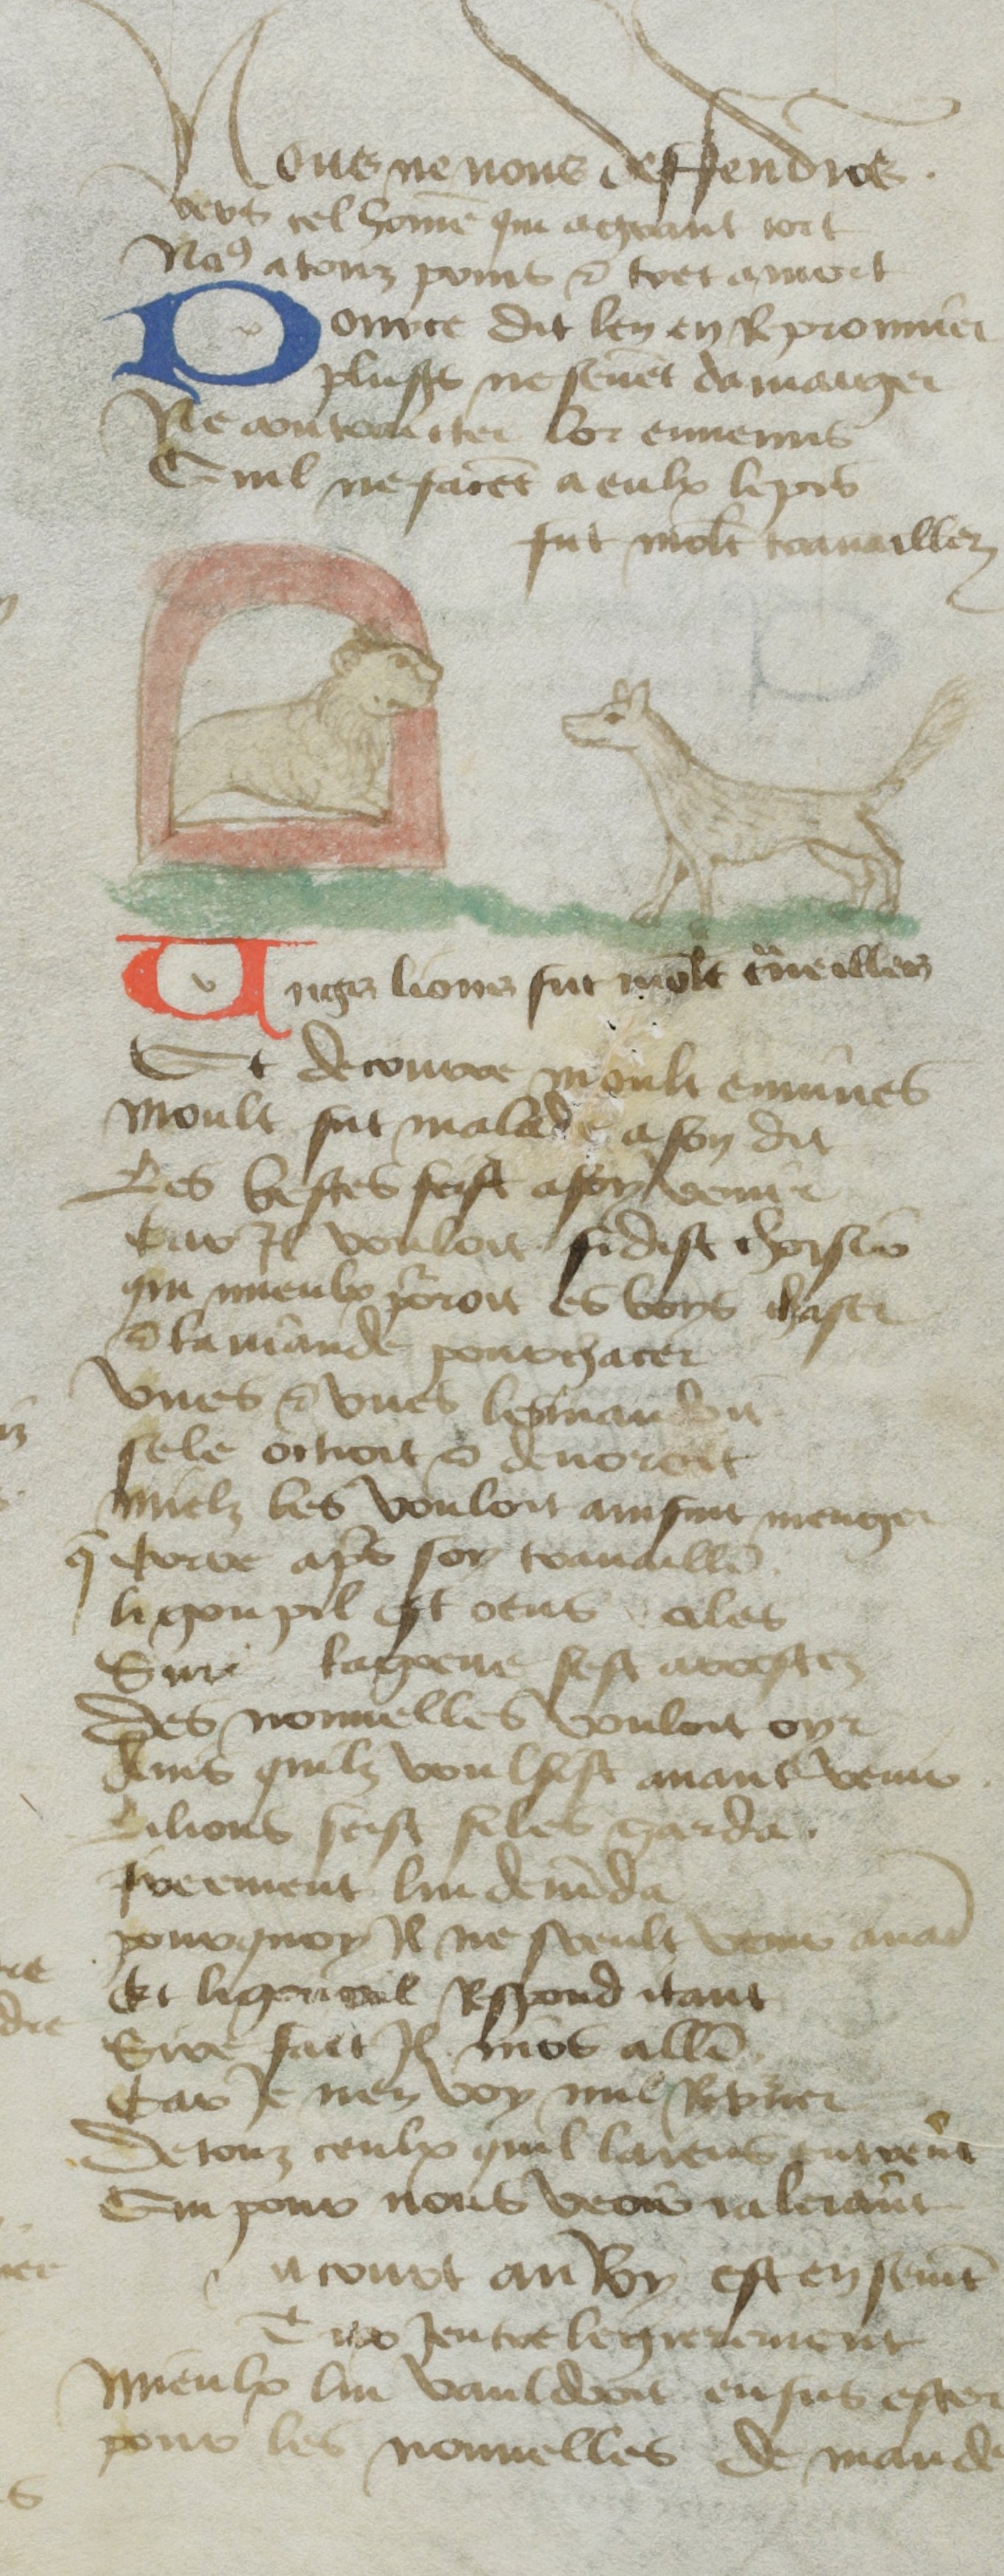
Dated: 1400–1499